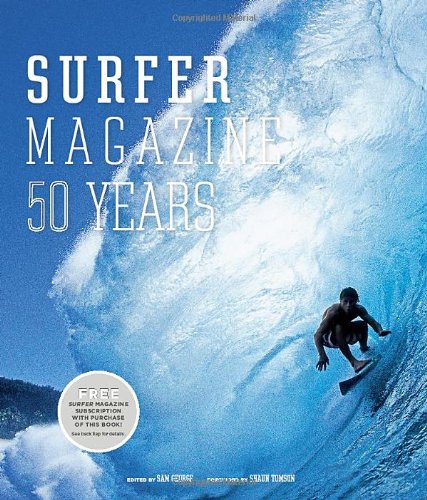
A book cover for Surfer Magazine: 50 Years; Sports & Outdoors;